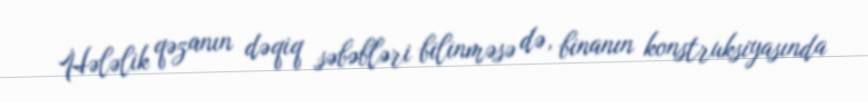
Hələlik qəzanın dəqiq səbəbləri bilinməsə də, binanın konstruksiyasında